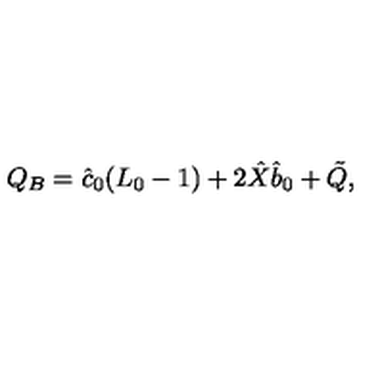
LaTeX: Q _ { B } = \hat { c } _ { 0 } ( L _ { 0 } - 1 ) + 2 \hat { X } \hat { b } _ { 0 } + \tilde { Q } ,